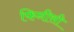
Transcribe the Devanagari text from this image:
फिनीसी